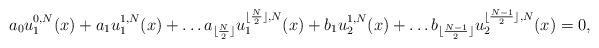
LaTeX: \begin{align*}a_0 u_1^{0,N}(x) + a_1 u_1^{1,N}(x) + \dots a_{\lfloor \frac{N}{2} \rfloor} u_1^{\lfloor \frac{N}{2} \rfloor,N}(x) + b_1 u_2^{1,N}(x) + \dots b_{\lfloor \frac{N-1}{2} \rfloor} u_2^{\lfloor \frac{N-1}{2} \rfloor,N}(x) = 0, \end{align*}